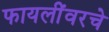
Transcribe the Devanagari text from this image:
फायलींवरचे